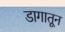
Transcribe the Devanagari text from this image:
डागातून